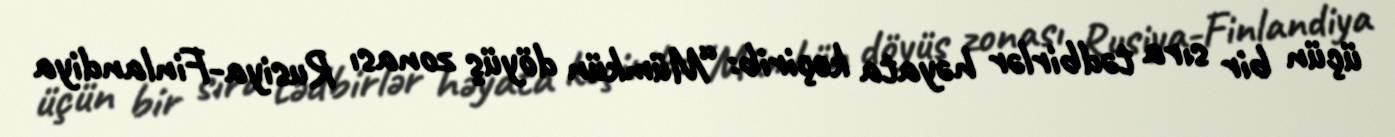
üçün bir sıra tədbirlər həyata keçirib: “Mümkün döyüş zonası Rusiya-Finlandiya